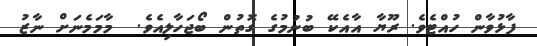
ފާޅުވާން ހުއްޓެވެ. ރޫޔާ އާއެކޭ ބުނުމުގެ ގޮތުން ބޯޖަހާލިއެވެ.  މާމަމެނަށް ނާޒު